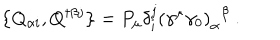
LaTeX: \left\{ Q _ { \alpha i } , Q ^ { \dagger \beta j } \right\} = P _ { \mu } \delta _ { i } ^ { j } \left( \gamma ^ { \mu } \gamma _ { 0 } \right) _ { \alpha } { } ^ { \beta } \ .